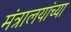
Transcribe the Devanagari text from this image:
मंत्रालयांच्या